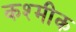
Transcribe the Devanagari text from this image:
कश्मीक